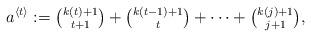
LaTeX: \begin{align*}a^{\langle t\rangle}:=\tbinom{k(t)+1}{t+1} + \tbinom{k(t-1)+1}{t} + \cdots + \tbinom{k(j)+1}{j+1},\end{align*}